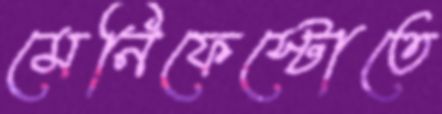
মেনিফেস্টোতে